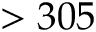
> 3 0 5